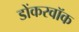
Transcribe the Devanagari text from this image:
डोंकरवॉक